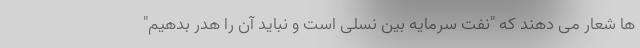
ها شعار می دهند که "نفت سرمایه بین نسلی است و نباید آن را هدر بدهیم"